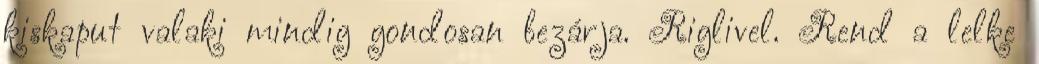
kiskaput valaki mindig gondosan bezárja. Riglivel. Rend a lelke